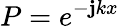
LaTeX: P=e^{-\mathbf{j}kx}